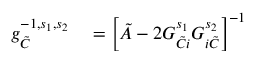
\begin{array} { r l } { g _ { \tilde { C } } ^ { - 1 , s _ { 1 } , s _ { 2 } } } & { { } = \left[ \tilde { A } - 2 G _ { \tilde { C } i } ^ { s _ { 1 } } G _ { i \tilde { C } } ^ { s _ { 2 } } \right] ^ { - 1 } } \end{array}